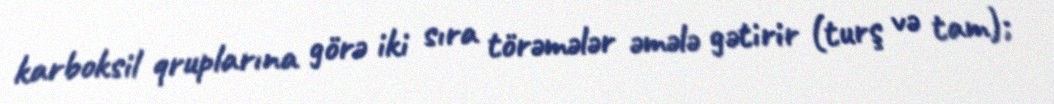
karboksil qruplarına görə iki sıra törəmələr əmələ gətirir (turş və tam);